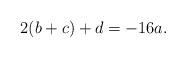
LaTeX: \begin{align*}2 ( b+c) + d = - 16 a.\end{align*}